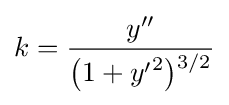
k={\frac {y''}{{\bigl (}1+{y'}^{2}{\bigr )}{\vphantom {'}}^{3/2}}}